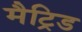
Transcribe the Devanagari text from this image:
मैट्रिड